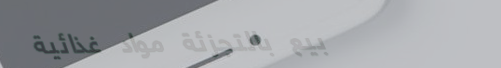
بيع بالتجزئة مواد غذائية